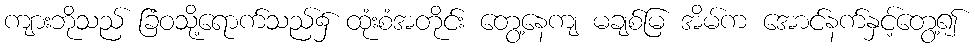
ကျားဘိုသည် ခြံဝသို့ရောက်သည်၌ ထုံးစံအတိုင်း တွေ့နေကျ မချစ်မြ အိမ်က အောင်နက်နှင့်တွေ့၍